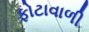
ફોટાવાળી